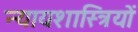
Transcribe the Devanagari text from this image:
न्यायशास्त्रियों